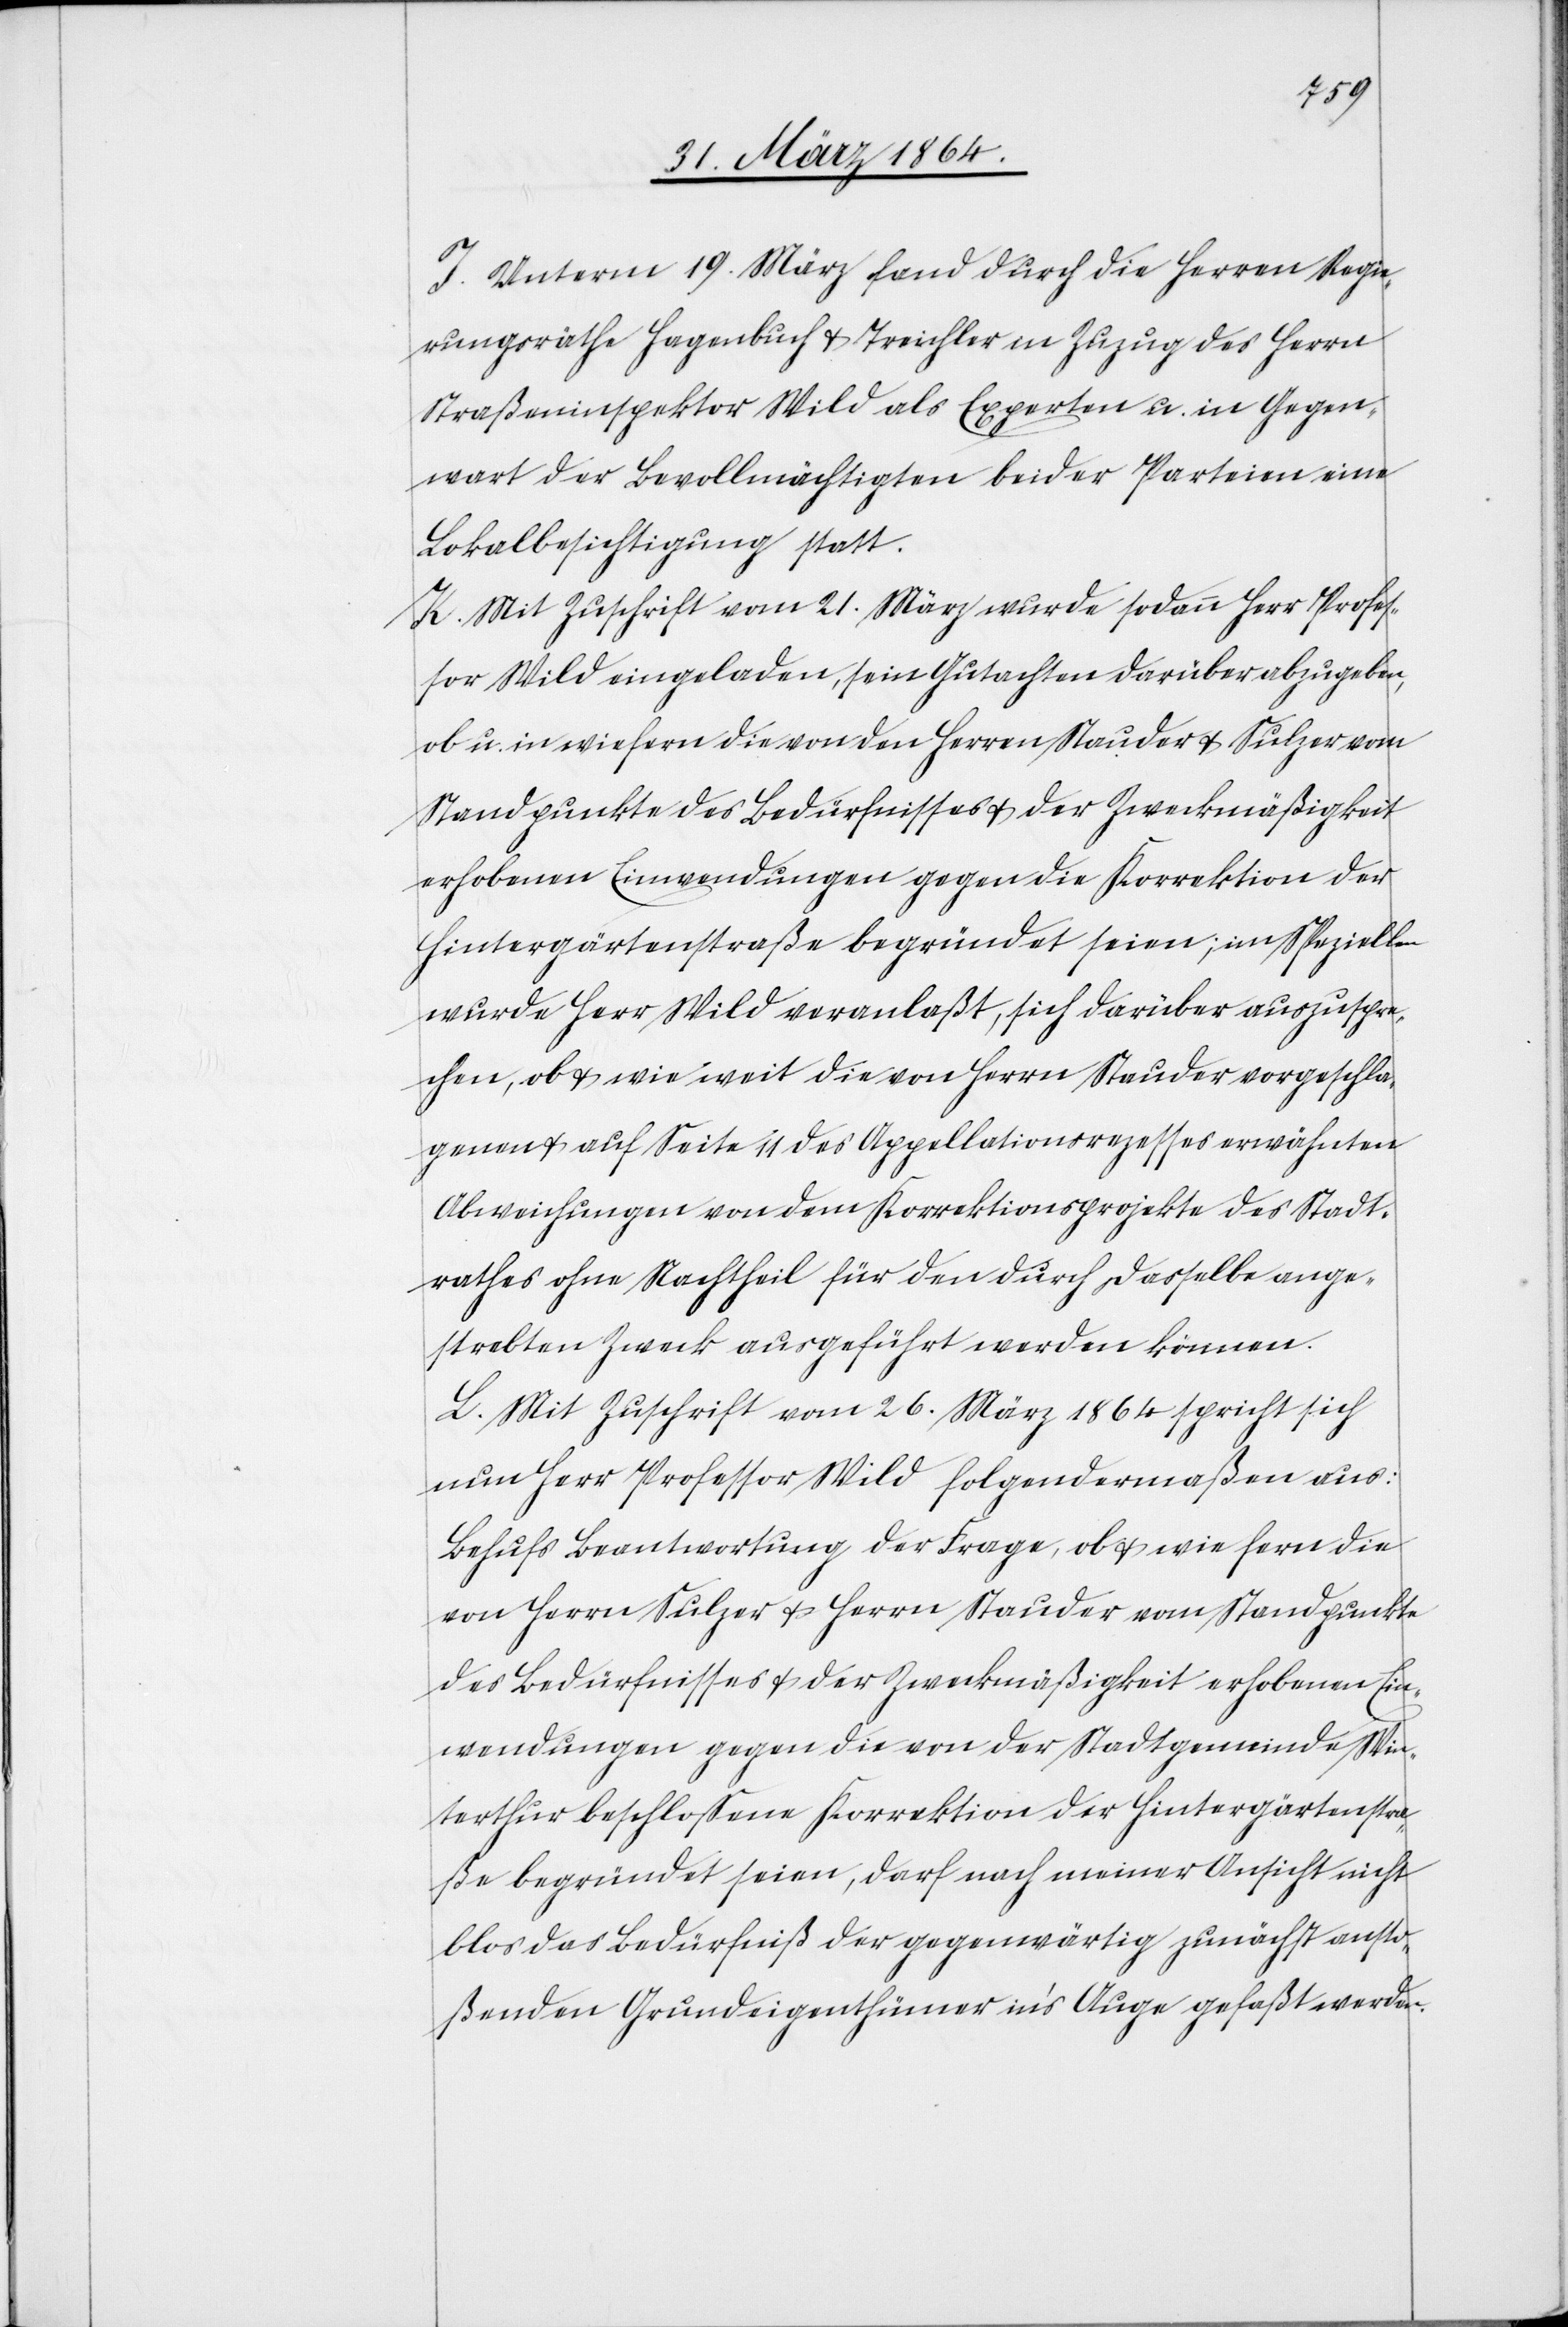
I. Unterm 19. März fand durch die Herren Regie¬
rungsräthe Hagenbuch u. Treichler in Zuzug des Herrn
Straßeninspektor Wild als Experten u. in Gegen¬
wart der Bevollmächtigten beider Parteien eine
Lokalbesichtigung statt.
K. Mit Zuschrift vom 21. März wurde sodann Herr Profes¬
sor Wild eingeladen, sein Gutachten darüber abzugeben,
ob u. in wiefern die von den Herren Stauder u. Sulzer vom
Standpunkte des Bedürfnisses u. der Zweckmäßigkeit
erhobenen Einwendungen gegen die Korrektion der
Hintergärtenstraße begründet seien; im Speziellen
wurde Herr Wild veranlaßt, sich darüber auszuspre¬
chen, ob u. wie weit die von Herrn Stauder vorgeschla¬
genen u. auf Seite 11 des Appellationsrezesses erwähnten
Abweichungen von dem Korrektionsprojekte des Stadt¬
rathes ohne Nachtheil für den durch dasselbe ange¬
strebten Zweck ausgeführt werden können.
L. Mit Zuschrift vom 26. März 1864 spricht sich
nun Herr Professor Wild folgendermaßen aus:
Behufs Beantwortung der Frage, ob u. wie fern die
von Herrn Sulzer u. Herrn Stauder vom Standpunkte
des Bedürfnisses u. der Zweckmäßigkeit erhobenen Ein¬
wendungen gegen die von der Stadtgemeinde Win¬
terthur beschlossene Korrektion der Hintergärtenstra¬
ße begründet seien, darf nach meiner Ansicht nicht
blos das Bedürfniß der gegenwärtig zunächst ansto¬
ßenden Grundeigenthümer in’s Auge gefaßt werden.